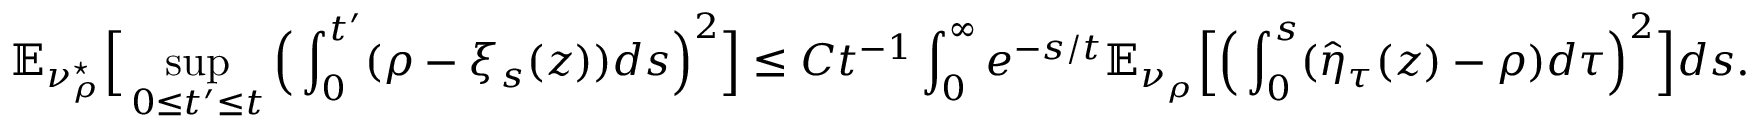
\mathbb E _ { \nu _ { \rho } ^ { \star } } \Big [ \operatorname* { s u p } _ { 0 \leq t ^ { \prime } \leq t } \Big ( \int _ { 0 } ^ { t ^ { \prime } } ( \rho - \xi _ { s } ( z ) ) d s \Big ) ^ { 2 } \Big ] \leq C t ^ { - 1 } \int _ { 0 } ^ { \infty } e ^ { - s / t } \mathbb E _ { \nu _ { \rho } } \Big [ \Big ( \int _ { 0 } ^ { s } ( \hat { \eta } _ { \tau } ( z ) - \rho ) d \tau \Big ) ^ { 2 } \Big ] d s .